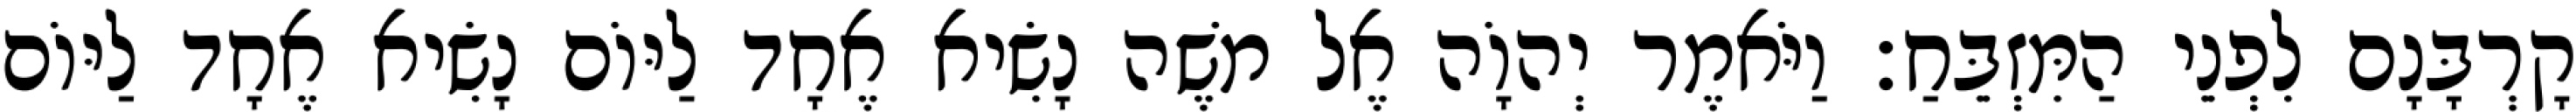
קָרְבָּנָם לִפְנֵי הַמִּזְבֵּחַ׃ וַיֹּאמֶר יְהוָֹה אֶל משֶׁה נָשִׂיא אֶחָד לַיּוֹם נָשִׂיא אֶחָד לַיּוֹם